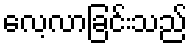
လေ့လာခြင်းသည်